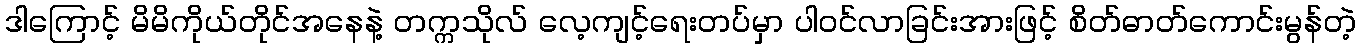
ဒါကြောင့် မိမိကိုယ်တိုင်အနေနဲ့ တက္ကသိုလ် လေ့ကျင့်ရေးတပ်မှာ ပါဝင်လာခြင်းအားဖြင့် စိတ်ဓာတ်ကောင်းမွန်တဲ့